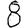
Digit: 8